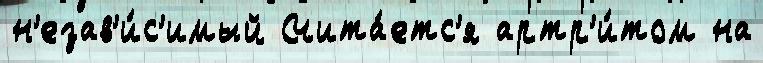
н'езав'и́с'имый Счита́етс'я артр'и́том на